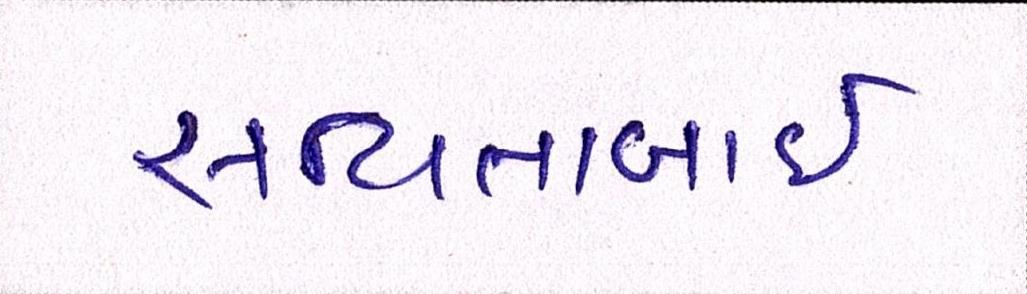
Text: સવિતાબાઇ